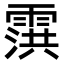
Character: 霟